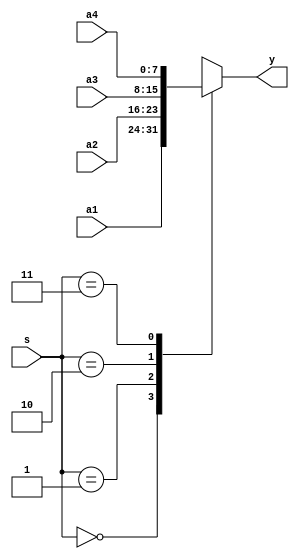
module mux41
#(parameter WIDTH = 8)
(
input [WIDTH-1:0] a1,a2,a3,a4,
input [1:0] s,
output [WIDTH-1:0] y 
    );
reg [WIDTH-1:0] y;

always @(*) begin 
case (s)
	2'b00: y = a1;
	2'b01: y = a2;
	2'b10: y = a3;
	2'b11: y = a4;
	default : y = 0/* default */;
endcase
end
endmodule